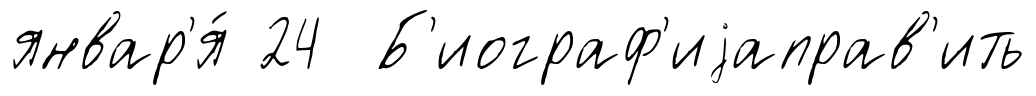
январ'я́ 24 Б'иограф'иjаправ'ить